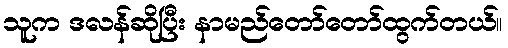
သူက ဒလန်ဆိုပြီး နာမည်တော်တော်ထွက်တယ်။